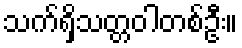
သက်ရှိသတ္တဝါတစ်ဦး။